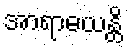
အာရာဓယန္တိ